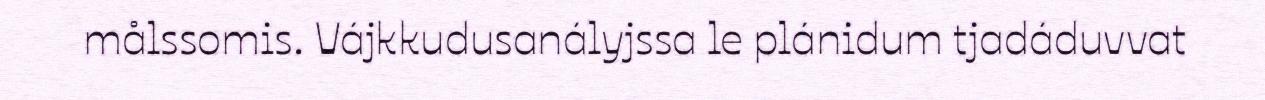
målssomis. Vájkkudusanályjssa le plánidum tjadáduvvat